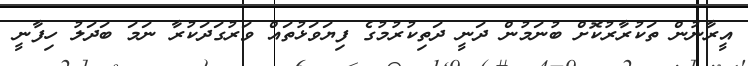
އީރާނުން ތަކުރާރުކޮށް ބުނަމުން ދަނީ ދަތިކުރުމުގެ ފިޔަވަޅުތައް ވަރުގަދަކުރާ ނަމަ ބަދަލު ހިފާނީ